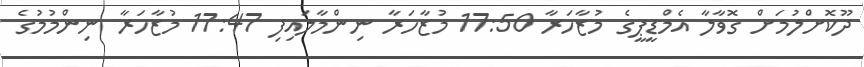
ދޫކޮށްލުމަށް ގޮވާލާ އެމްޑީޕީގެ މުޒާހަރާ 17:50 މުޒާހަރާ ނިންމާލައިފި 17:47 މުޒާހަރާ ނިންމުމުގެ